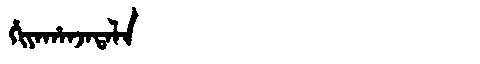
Manchu: ᡥᡳᠶᠠᡥᠠᠨᠵᠠᡨᠠᠯᠠ
Romanization: HIYAHANJATALA